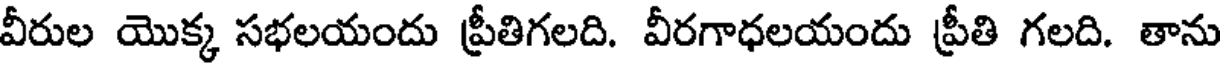
వీరుల యొక్క సభలయందు ప్రీతిగలది. వీరగాధలయందు ప్రీతి గలది. తాను